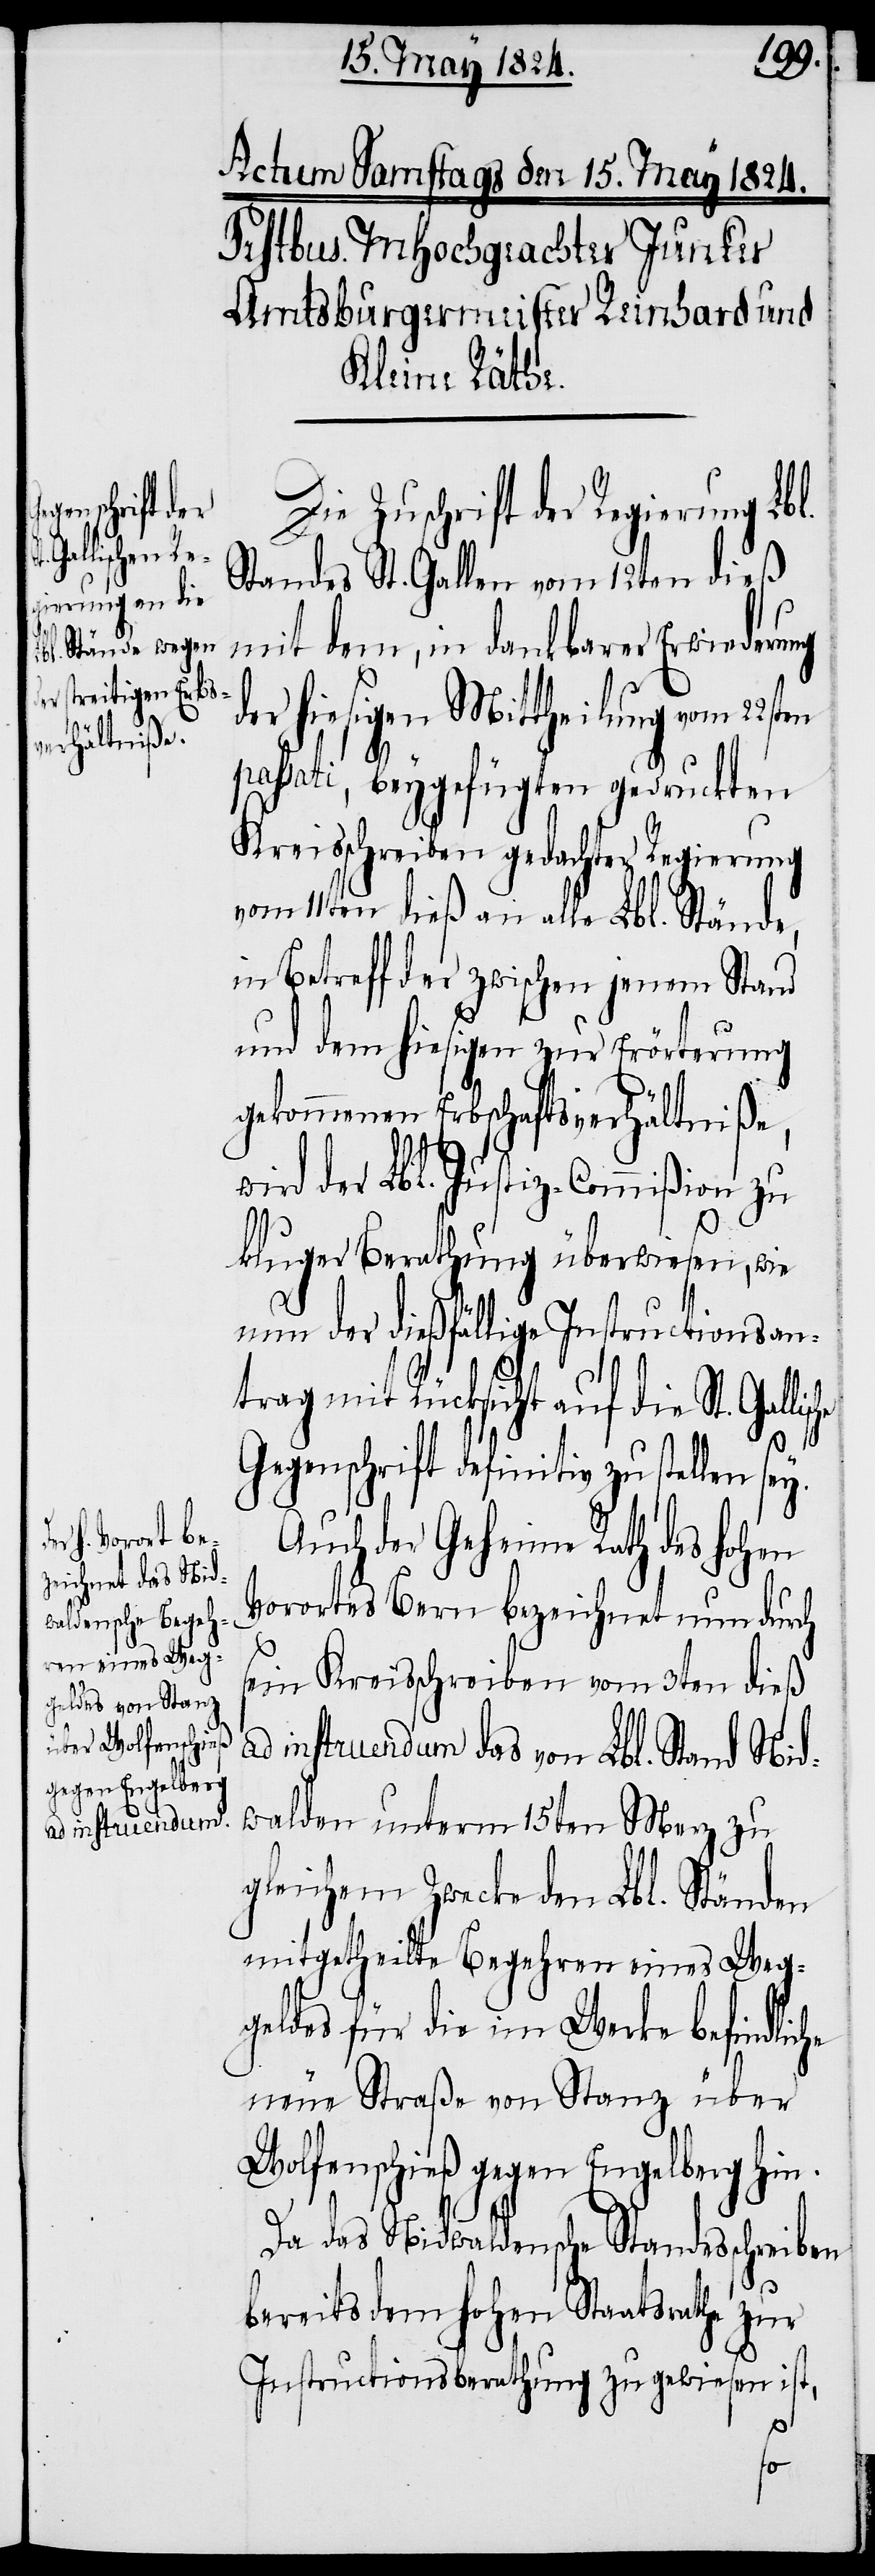
lische Ge¬

Die Zuschrift der Regierung Lbl.
Standes St. Gallen vom 12ten dieß
mit dem, in dankbarer Erwiederung
der hiesigen Mittheilung vom
passati, beygefügten gedruckten
Kreisschreiben gedachter Regierung
vom 11ten dieß an alle Lbl. Stände,
in Betreff der zwischen jenem Stand
und dem hiesigen zur Erörterung
gekommenen Erbschaftsverhältniße,
wird der Lbl. Justiz-Commißion zu
kluger Berathung überwiesen, wie
nun der dießfällige Instructionsan¬
trag mit Rücksicht auf die St. Gal¬
genschrift definitiv zu stellen
Auch der Geheime Rath des hohen
Vorortes Bern bezeichnet nun durch
sein Kreisschreiben vom 3ten dieß
ad instruendum das von Lbl. Stand Nid¬
walden unterm 15ten Merz zu
gleichem Zwecke den Lbl. Ständen
mitgetheilte Begehren eines Weg¬
geldes für die im Werke befindliche
neue Straße von Stanz über
Wolfenschieß gegen Engelberg hin.
Da das Nidwaldsche Standessschreiben
bereits dem hohen Staatsrathe zur
Instructionsberathung zugewiesen ist,